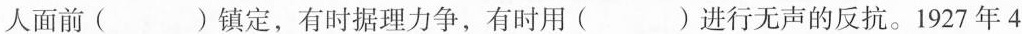
人面前()镇定，有时据理力争，有时用()进行无声的反抗。1927年4